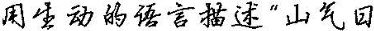
用生动的语言描述“山气日